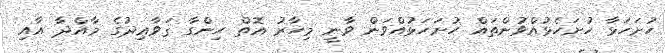
ހުށަހަޅާ ހުށަހެޅުއްވުންތައް ހުށަހަޅުއްވަން ވާނީ މިހާރު އޮތް ހިންގާ ޤަވާޢިދުގެ މާއްދާ އާއި